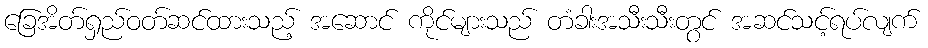
ခြေအိတ်ရှည်ဝတ်ဆင်ထားသည့် အဆောင် ကိုင်များသည် တံခါးအသီးသီးတွင် အဆင်သင့်ရပ်လျက်